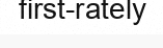
first-rately